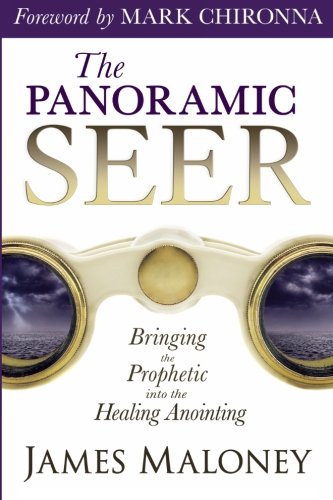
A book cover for The Panoramic Seer: Bringing the Prophetic into the Healing Anointing; James Maloney; Christian Books & Bibles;